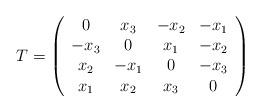
LaTeX: \begin{align*}T = \left( \begin{array}{cccc} 0 & x_{3} & -x_{2} & -x_{1} \\ -x_{3} & 0 &x_{1} & -x_{2} \\ x_{2} & -x_{1} & 0 & -x_{3} \\ x_{1} & x_{2} & x_{3} & 0\end{array} \right)\end{align*}